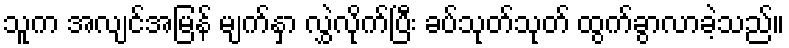
သူက အလျင်အမြန် မျက်နှာ လွှဲလိုက်ပြီး ခပ်သုတ်သုတ် ထွက်ခွာလာခဲ့သည်။